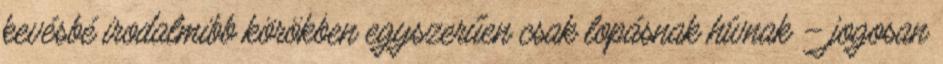
kevésbé irodalmibb körökben egyszerűen csak lopásnak hívnak – jogosan